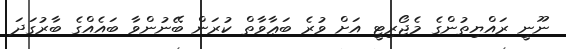
ނޫނީ ރައްޔިތުންގެ މެޖޯރިޓީ އަށް ވުރެ ބަޢާވާތް ކުރަން ބޭނުންވާ ބައެއްގެ ބާރުގަދަ